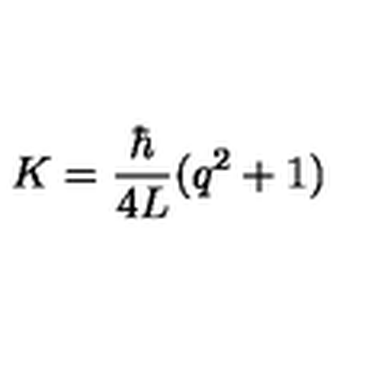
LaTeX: K = \frac { \hbar } { 4 L } ( q ^ { 2 } + 1 )